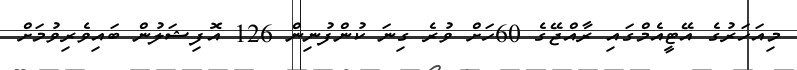
މިއަހަރުގެ އޭޓީއެމްގައި ރާއްޖޭގެ 60ހަށް ވުރެ ގިނަ ކުންފުނިން 126 އޮފިޝަލުން ބައިވެރިވުމަށް